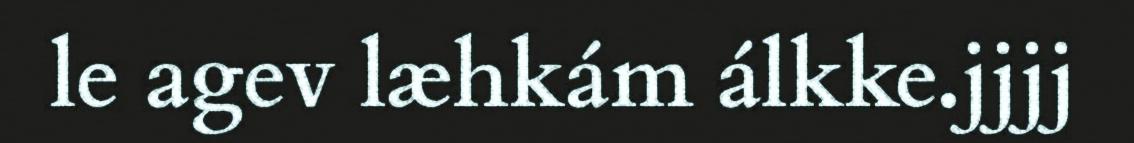
le agev læhkám álkke.jjjj